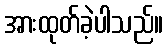
အားထုတ်ခဲ့ပါသည်။